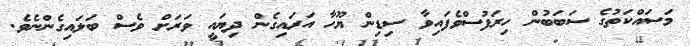
މަސައްކަތުގެ ސަބަބުން ހިރަފުސްވެފައިވާ ސިޑިން ޔޫހާ އަރައިގެން ދިޔައީ ވަރަށް ވެސް ބަލައިގެންނެވެ.